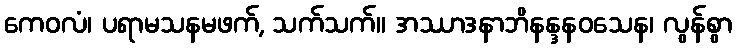
ကေဝလံ၊ ပရာမသနမဖက်, သက်သက်။ အဿာဒနာဘိနန္ဒနဝသေန၊ လွန်စွာ